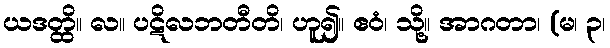
ယဒတ္ထိ။ လ။ ပဋိလဘတီတိ၊ ဟူ၍။ ဧဝံ၊ သို့။ အာဂတာ၊ (မ၊ ၃၊